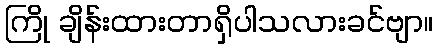
ကြို ချိန်းထားတာရှိပါသလားခင်ဗျာ။